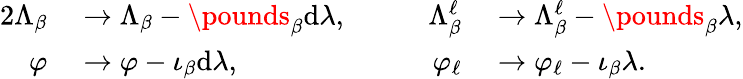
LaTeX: \begin{array}{rlrl}{{2}\Lambda_{\beta}}&{{}\to\Lambda_{\beta}-\pounds_{\beta}\mathrm{d}\lambda,\qquad}&{\Lambda_{\beta}^{\ell}}&{{}\to\Lambda_{\beta}^{\ell}-\pounds_{\beta}\lambda,}\\ {\varphi}&{{}\to\varphi-\iota_{\beta}\mathrm{d}\lambda,\qquad}&{\varphi_{\ell}}&{{}\to\varphi_{\ell}-\iota_{\beta}\lambda.}\end{array}